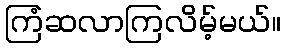
ကြံဆလာကြလိမ့်မယ်။